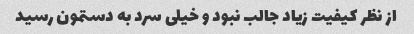
از نظر کیفیت زیاد جالب نبود و خیلی سرد به دستمون رسید